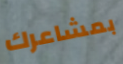
بمشاعرك